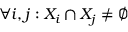
\forall i , j : X _ { i } \cap X _ { j } \neq \emptyset